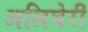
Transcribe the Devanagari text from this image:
अलिघेरी